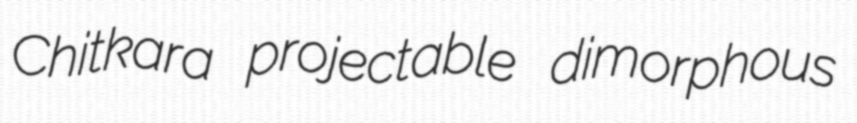
Chitkara projectable dimorphous